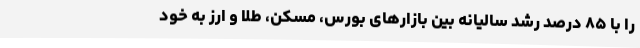
را با ۸۵ درصد رشد سالیانه بین بازارهای بورس، مسکن، طلا و ارز به خود